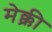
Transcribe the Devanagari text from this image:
मेक्क्री